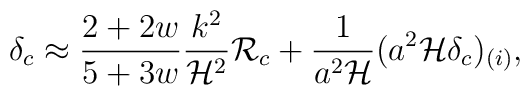
\delta_c \approx {2+2 w\over 5+3 w}{k^2\over {\cal H}^2}{\cal R}_c + {1\over a^2{\cal H}}(a^2{\cal H}\delta_c)_{(i)},